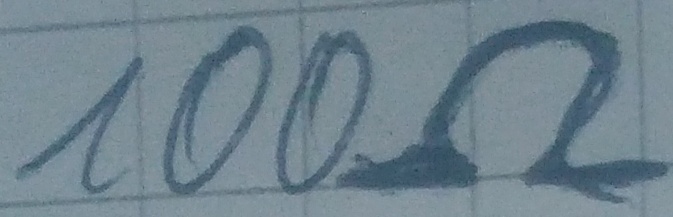
Text: 100Ω